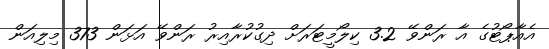
އެއާޕޯޓުގެ އާ ރަންވޭ 3.2 ކިލޯމީޓަރަށް ދިގުކުރާއިރު ރަންވޭ އަޅަން 373 މިލިއަން